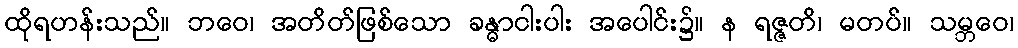
ထိုရဟန်းသည်။ ဘဝေ၊ အတိတ်ဖြစ်သော ခန္ဓာငါးပါး အပေါင်း၌။ န ရဇ္ဇတိ၊ မတပ်။ သမ္ဘဝေ၊